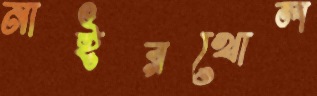
নাইরখোল